Annual administration report of the Civil Veterinary Department of India - 1892-1893
Year: 1892
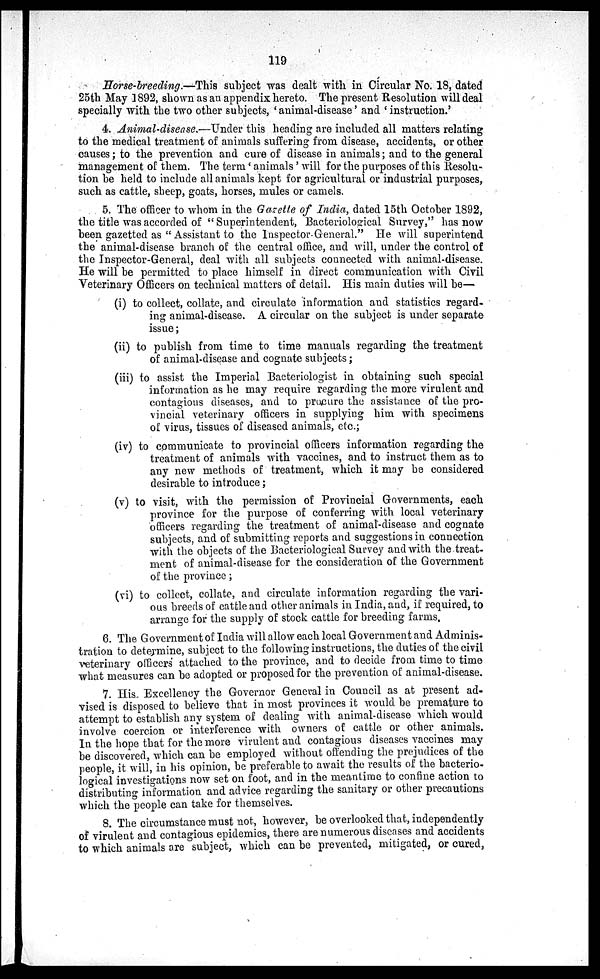
119
Horse-breeding.—This subject was dealt with in Circular No. 18, dated
25th May 1892, shown as an appendix hereto. The present Resolution will deal
specially with the two other subjects, 'animal-disease' and 'instruction.'
4. Animal-disease—Under this heading are included all matters relating
to the medical treatment of animals suffering from disease, accidents, or other
causes; to the prevention and cure of disease in animals; and to the general
management of them. The term 'animals' will for the purposes of this Resolu-
tion be held to include all animals kept for agricultural or industrial purposes,
such as cattle, sheep, goats, horses, mules or camels.
5. The officer to whom in the Gazette of India, dated 15th October 1892,
the title was accorded of "Superintendent, Bacteriological Survey," has now
been gazetted as "Assistant to the Inspector-General." He will superintend
the animal-disease branch of the central office, and will, under the control of
the Inspector-General, deal with all subjects connected with animal-disease.
He will be permitted to place himself in direct communication with Civil
Veterinary Officers on technical matters of detail. His main duties will be—
(i) to collect, collate, and circulate information and statistics regard-
ing animal-disease. A circular on the subject is under separate
issue;
(ii) to publish from time to time manuals regarding the treatment
of animal-disease and cognate subjects;
(iii) to assist the Imperial Bacteriologist in obtaining such special
information as he may require regarding the more virulent and
contagious diseases, and to procure the assistance of the pro-
vincial veterinary officers in supplying him with specimens
of virus, tissues of diseased animals, etc.;
(iv) to communicate to provincial officers information regarding the
treatment of animals with vaccines, and to instruct them as to
any new methods of treatment, which it may be considered
desirable to introduce;
(v) to visit, with the permission of Provincial Governments, each
province for the purpose of conferring with local veterinary
officers regarding the treatment of animal-disease and cognate
subjects, and of submitting reports and suggestions in connection
with the objects of the Bacteriological Survey and with the treat-
ment of animal-disease for the consideration of the Government
of the province;
(vi) to collect, collate, and circulate information regarding the vari-
ous breeds of cattle and other animals in India, and, if required, to
arrange for the supply of stock cattle for breeding farms,
6. The Government of India will allow each local Government and Adminis-
tration to determine, subject to the following instructions, the duties of the civil
veterinary officers attached to the province, and to decide from time to time
what measures can be adopted or proposed for the prevention of animal-disease.
7. His Excellency the Governor General in Council as at present ad-
vised is disposed to believe that in most provinces it would be premature to
attempt to establish any system of dealing with animal-disease which would
involve coercion or interference with owners of cattle or other animals.
In the hope that for the more virulent and contagious diseases vaccines may
be discovered, which can be employed without offending the prejudices of the
people, it will, in his opinion, be preferable to await the results of the bacterio-
logical investigations now set on foot, and in the meantime to confine action to
distributing information and advice regarding the sanitary or other precautions
which the people can take for themselves.
8. The circumstance must not, however, be overlooked that, independently
of virulent and contagious epidemics, there are numerous diseases and accidents
to which animals are subject, which can be prevented, mitigated, or cured,